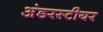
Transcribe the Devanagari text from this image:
अंडरस्टीयर